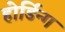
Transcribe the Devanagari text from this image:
होर्डिन्ग